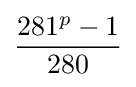
{\frac {281^{p}-1}{280}}